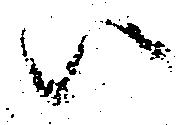
ハ